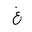
Letter: _gayn